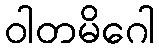
ဝါတမိဂေါ